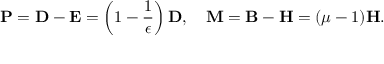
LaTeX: { \bf P } = { \bf D - E } = \left( 1 - { \frac { 1 } { \epsilon } } \right) { \bf D } , \quad { \bf M } = { \bf B - H } = ( \mu - 1 ) { \bf H } .